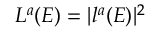
L ^ { a } ( E ) = | l ^ { a } ( E ) | ^ { 2 }